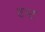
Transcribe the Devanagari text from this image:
टन्ट